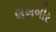
લખબીર